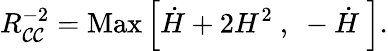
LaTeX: R_{\mathcal{C}\mathcal{C}}^{-2}=\mathrm{{Max}}\left[\dot{{H}}+2H^{2}~,~-\dot{{H}}~\right].